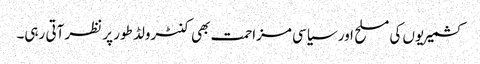
کشمیریوں کی مسلح اور سیاسی مزاحمت بھی کنٹرولڈ طور پر نظر آتی رہی۔